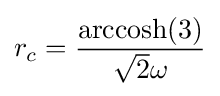
r_{c}={\frac {\operatorname {arccosh} (3)}{{\sqrt {2}}\omega }}